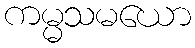
ကမ္မသမယော